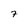
Character: 7